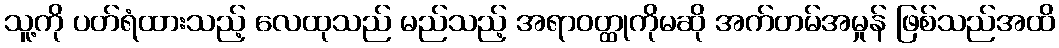
သူ့ကို ပတ်ရံထားသည့် လေထုသည် မည်သည့် အရာဝတ္ထုကိုမဆို အက်တမ်အမှုန် ဖြစ်သည်အထိ